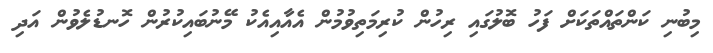
މިބުނި ކަންތައްތަކަށް ފަހު ބޮލުގައި ރިހުން ކުރިމަތިވުމުން އެއާއިއެކު މޭނުބައިކުރުން ހޮނޑުލެވުން އަދި